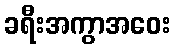
ခရီးအကွာအဝေး